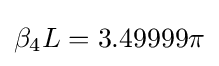
\beta _{4}L=3.49999\pi